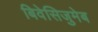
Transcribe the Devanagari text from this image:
बिवेसिजुमेब